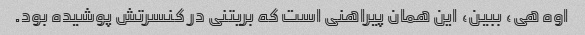
اوه هی، ببین، این همان پیراهنی است که بریتنی در کنسرتش پوشیده بود.